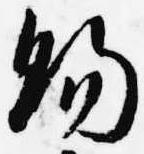
賜